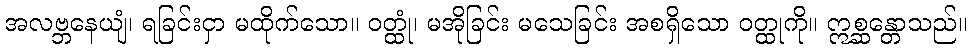
အလဗ္ဘနေယျံ၊ ရခြင်းငှာ မထိုက်သော။ ဝတ္ထုံ၊ မအိုခြင်း မသေခြင်း အစရှိသော ဝတ္ထုကို။ ဣစ္ဆန္တောသည်။